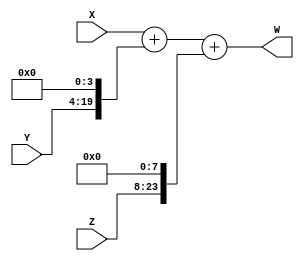
`timescale 1ns / 1ps
//////////////////////////////////////////////////////////////////////////////////
// Company: 
// Engineer: 
// 
// Design Name: 
// Module Name: adder16in32out
// Project Name: 
// Target Devices: 
// Tool Versions: 
// Description: 
// 
// Dependencies: 
// 
// Revision:
// Revision 0.01 - File Created
// Additional Comments:
// 
//////////////////////////////////////////////////////////////////////////////////


// MODULE FOR ADDER INPUT BIT LENGTH IS16 & OUTPUT BIT LENGTHIS 24

module ADDER16IN24OUT(input [15:0]X, input [15:0]Y, input [15:0]Z,output [23:0]W);
  wire [23:0]XM = { 8'b0,X };
  wire [23:0]YM = { 4'b0,Y,4'b0};
  wire [23:0]ZM = { Z,8'b0};
  assign W = XM + YM + ZM;
endmodule